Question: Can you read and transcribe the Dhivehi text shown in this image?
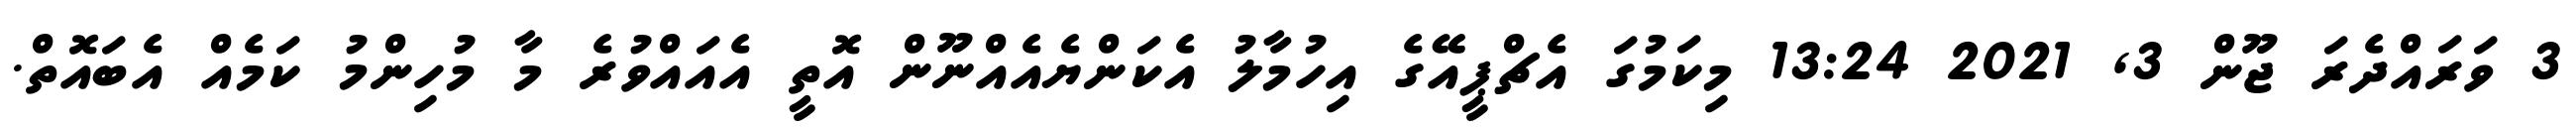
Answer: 3 ވަރައްދެރަ ޖޫން 3, 2021 13:24 މިކަމުގަ އެޗްޕީއޭގެ އިހުމާލު އެކަންޔެއެއްނޫން އޮތީ އެއައްވުރެ މާ މުހިންމު ކަމެއް އެބައޮތް.